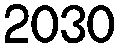
2030